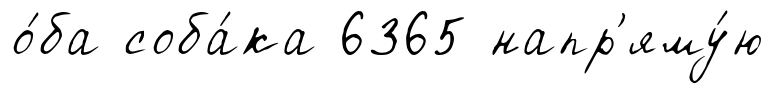
о́ба соба́ка 6365 напр'яму́ю